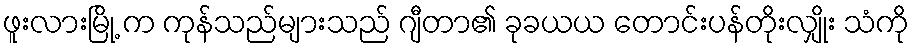
ဖူးလားမြို့ က ကုန်သည်များသည် ဂျီတာ၏ ခုခယယ တောင်းပန်တိုးလျှိုး သံကို